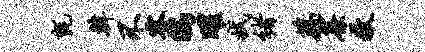
毡韩不睿鸱曜拭褚藕帘教